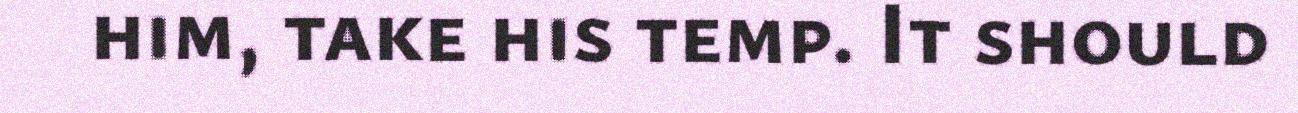
him, take his temp. It should